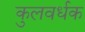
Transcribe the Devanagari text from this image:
कुलवर्धक